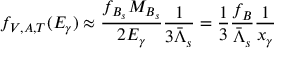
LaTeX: f _ { V , A , T } ( E _ { \gamma } ) \approx \frac { f _ { B _ { s } } M _ { B _ { s } } } { 2 E _ { \gamma } } \frac { 1 } { 3 \bar { \Lambda } _ { s } } = \frac { 1 } { 3 } \frac { f _ { B } } { \bar { \Lambda } _ { s } } \frac { 1 } { x _ { \gamma } }